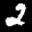
Label: 2